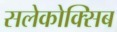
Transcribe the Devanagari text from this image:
सलेकोक्सिब